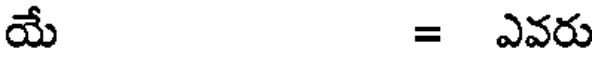
యే = ఎవరు